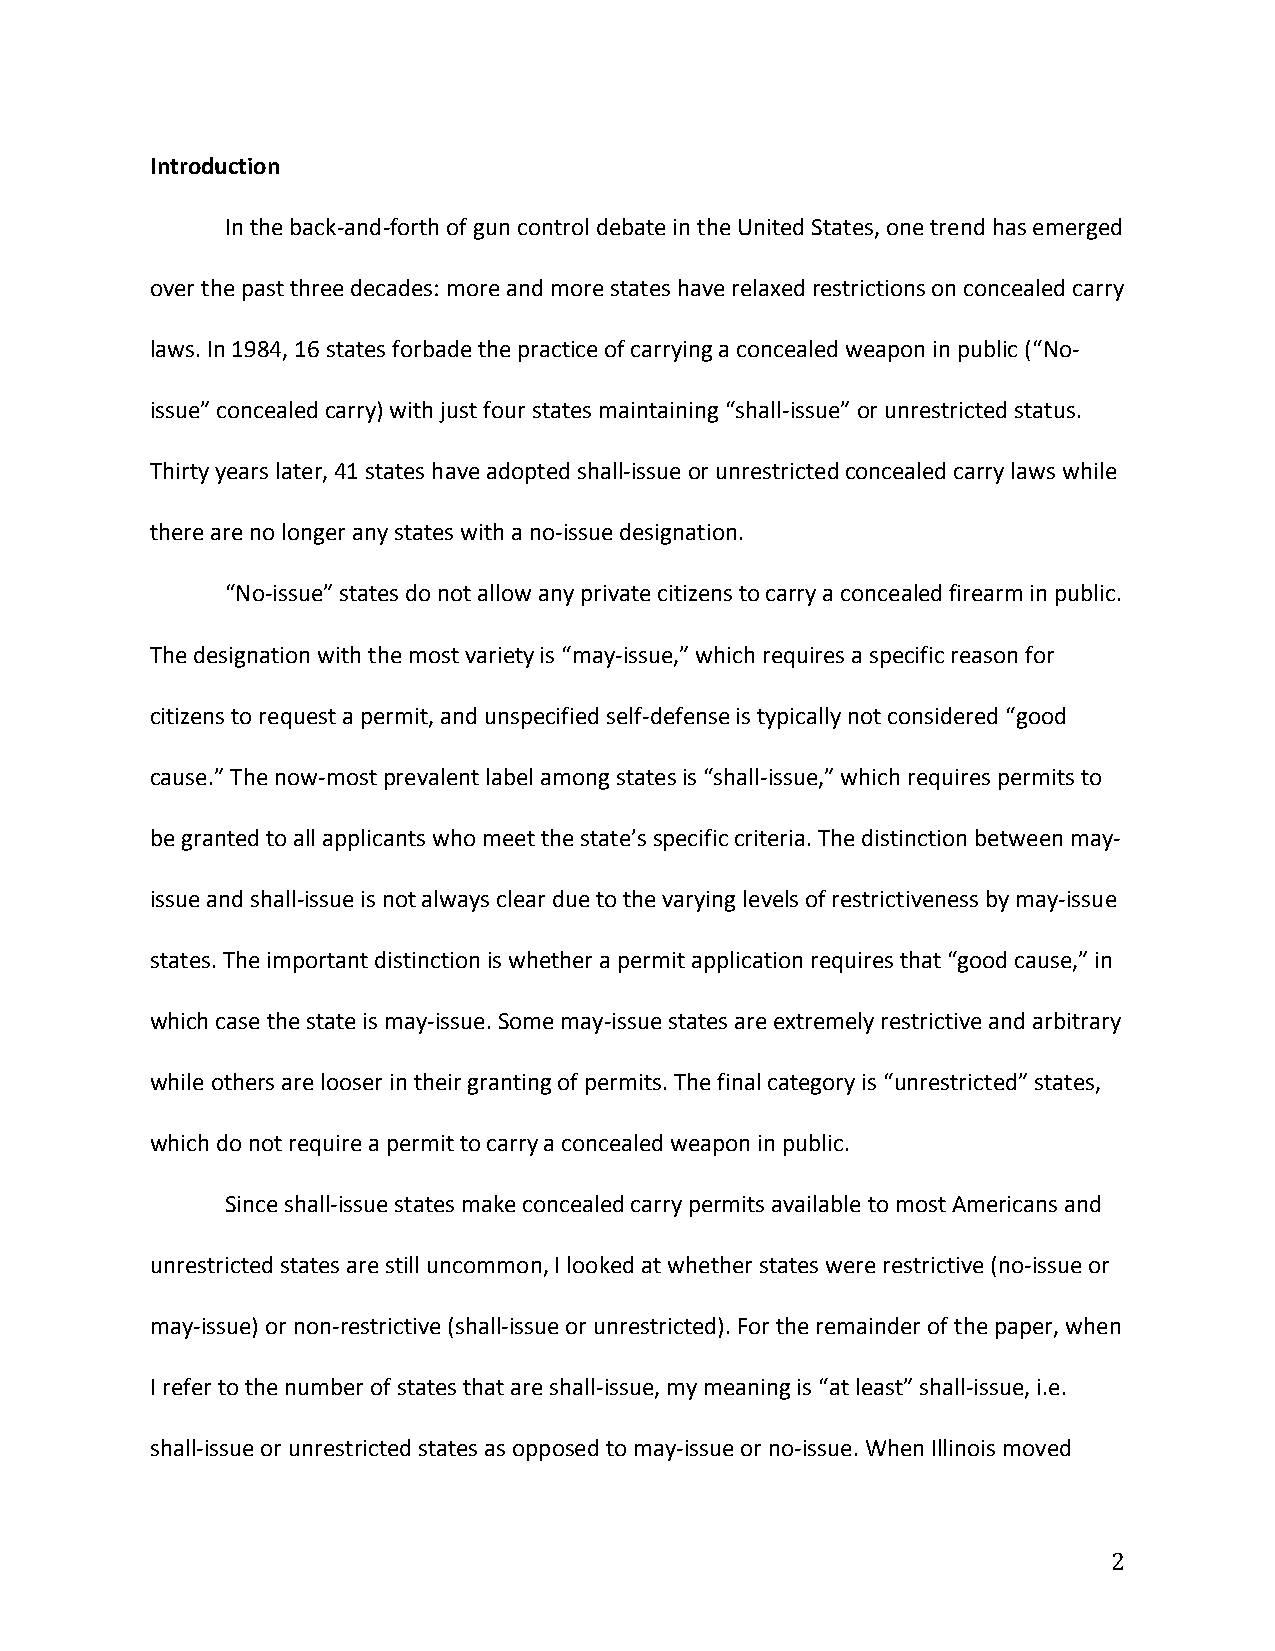
Introduction
 In the back-­‐and-­‐forth of gun control debate in the United States, one trend has emerged
 over the past three decades: more and more states have relaxed restrictions on concealed carry
 laws. In 1984, 16 states forbade the practice of carrying a concealed weapon in public (“No-­‐
 issue” concealed carry) with just four states maintaining “shall-­‐issue” or unrestricted status.
 Thirty years later, 41 states have adopted shall-­‐issue or unrestricted concealed carry laws while
 there are no longer any states with a no-­‐issue designation.
 “No-­‐issue” states do not allow any private citizens to carry a concealed firearm in public.
 The designation with the most variety is “may-­‐issue,” which requires a specific reason for
 citizens to request a permit, and unspecified self-­‐defense is typically not considered “good
 cause.” The now-­‐most prevalent label among states is “shall-­‐issue,” which requires permits to
 be granted to all applicants who meet the state’s specific criteria. The distinction between may-­‐
 issue and shall-­‐issue is not always clear due to the varying levels of restrictiveness by may-­‐issue
 states. The important distinction is whether a permit application requires that “good cause,” in
 which case the state is may-­‐issue. Some may-­‐issue states are extremely restrictive and arbitrary
 while others are looser in their granting of permits. The final category is “unrestricted” states,
 which do not require a permit to carry a concealed weapon in public.
 Since shall-­‐issue states make concealed carry permits available to most Americans and
 unrestricted states are still uncommon, I looked at whether states were restrictive (no-­‐issue or
 may-­‐issue) or non-­‐restrictive (shall-­‐issue or unrestricted). For the remainder of the paper, when
 I refer to the number of states that are shall-­‐issue, my meaning is “at least” shall-­‐issue, i.e.
 shall-­‐issue or unrestricted states as opposed to may-­‐issue or no-­‐issue. When Illinois moved
 2